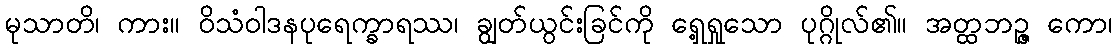
မုသာတိ၊ ကား။ ဝိသံဝါဒနပုရေက္ခာရဿ၊ ချွတ်ယွင်းခြင်ကို ရှေ့ရှုသော ပုဂ္ဂိုလ်၏။ အတ္ထဘဉ္ဇ ကော၊